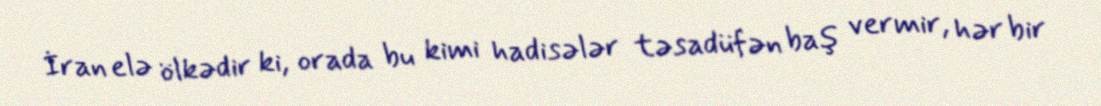
İran elə ölkədir ki, orada bu kimi hadisələr təsadüfən baş vermir, hər bir